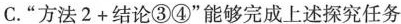
C. “方法$$2 + 结论③④$$”能够完成上述探究任务